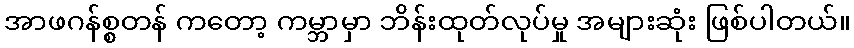
အာဖဂန်စ္စတန် ကတော့ ကမ္ဘာမှာ ဘိန်းထုတ်လုပ်မှု အများဆုံး ဖြစ်ပါတယ်။